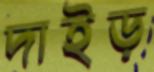
দাইড়